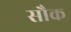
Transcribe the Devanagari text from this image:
सौक